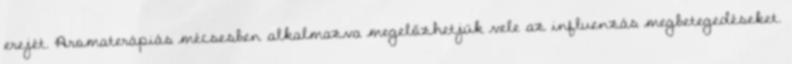
erejét. Aromaterápiás mécsesben alkalmazva megelőzhetjük vele az influenzás megbetegedéseket.